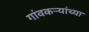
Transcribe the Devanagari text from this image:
गांवकऱ्यांच्या